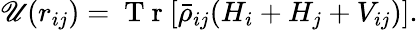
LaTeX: {\mathscr{U}}(r_{ij})=\mathrm{{~T~r~}}[\bar{{\rho}}_{ij}({H}_{i}+{H}_{j}+{V}_{ij})].